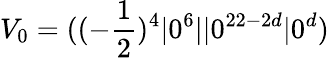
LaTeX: V_{0}=((-{\frac{1}{2}})^{4}\vert 0^{6}\vert\vert 0^{22-2d}\vert 0^{d})